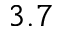
3 . 7